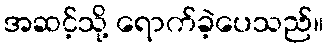
အဆင့်သို့ ရောက်ခဲ့ပေသည်။